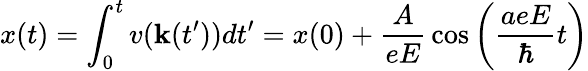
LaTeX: x(t)=\int_{0}^{t}{v(\mathbf{k}(t^{\prime}))}{dt^{\prime}}=x(0)+{\frac{{A}}{{eE}}}\cos\left({{\frac{{aeE}}{{\hbar}}}t}\right)